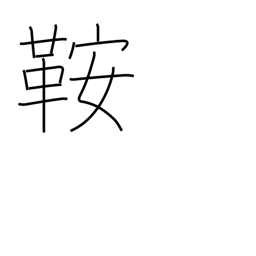
Meaning: saddle